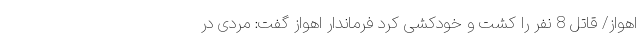
اهواز/ قاتل 8 نفر را کشت و خودکشی کرد فرماندار اهواز گفت: مردی در